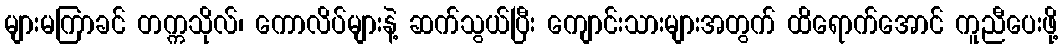
များမကြာခင် တက္ကသိုလ်၊ ကောလိပ်များနဲ့ ဆက်သွယ်ပြီး ကျောင်းသားများအတွက် ထိရောက်အောင် ကူညီပေးဖို့